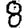
Digit: 8